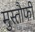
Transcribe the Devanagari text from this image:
मुस्तौफी